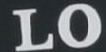
LO